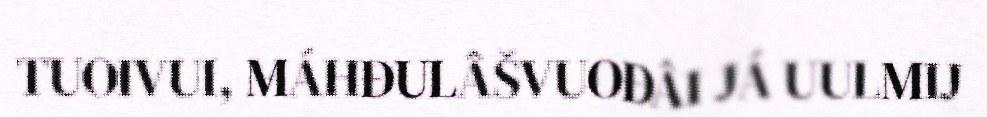
TUOIVUI, MÁHĐULÂŠVUOĐÂI JÁ UULMIJ